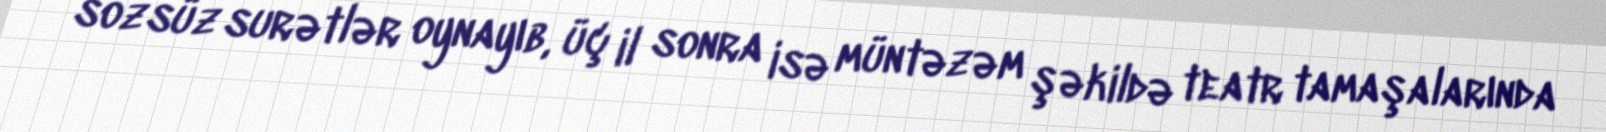
sözsüz surətlər oynayıb, üç il sonra isə müntəzəm şəkildə teatr tamaşalarında